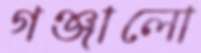
গঞ্জালো